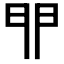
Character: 𨳈